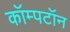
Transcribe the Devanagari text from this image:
कॉम्पटॉन